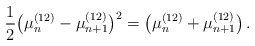
\begin{align*}\frac{1}{2} \big( \mu_n^{(12)}-\mu_{n+1}^{(12)} \big)^2 = \big( \mu_n^{(12)}+\mu_{n+1}^{(12)} \big) \,. \end{align*}